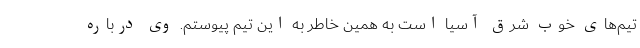
تیم‌های خوب شرق آسیا است به همین خاطر به این تیم پیوستم. وی درباره